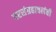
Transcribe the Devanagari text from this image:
परसंग्रहावलंबी